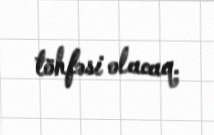
töhfəsi olacaq.